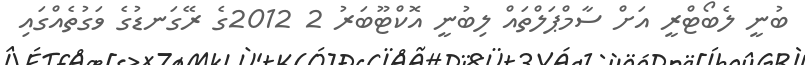
ބުނީ ލެބޯޓްރީ އަށް ސާމްޕަލްތައް ލިބުނީ އޮކްޓޫބަރު 2 2012ގެ ރޭގަނޑުގެ ވަގުތެއްގައި